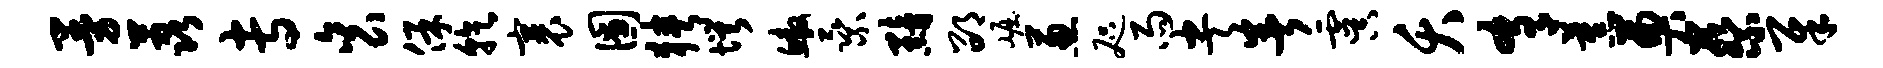
曼荔专衮保乾裹圃狭愕鳌乘黯邵崛葱咫雨央暑虞夭肴蕉奠蔡犀